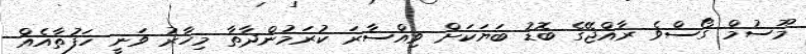
މޫސުމް ގޯސްވެ ރާއްޖޭގެ ބޮޑު ބަޔަކަށް ވިއްސާރަ ކުރަމުންދާތާ މިހާރު ވަނީ ހަފުތާއެއް